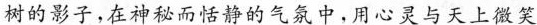
树的影子，在神秘而恬静的气氛中，用心灵与天上微笑